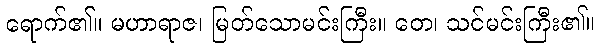
ရောက်၏။ မဟာရာဇ၊ မြတ်သောမင်းကြီး။ တေ၊ သင်မင်းကြီး၏။